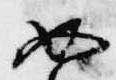
如